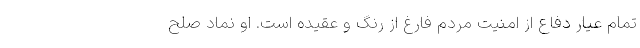
تمام عیار دفاع از امنیت مردم فارغ از رنگ و عقیده است. او نماد صلح